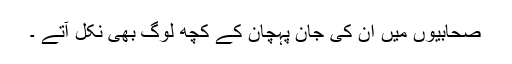
صحابیوں میں ان کی جان پہچان کے کچھ لوگ بھی نکل آتے ۔